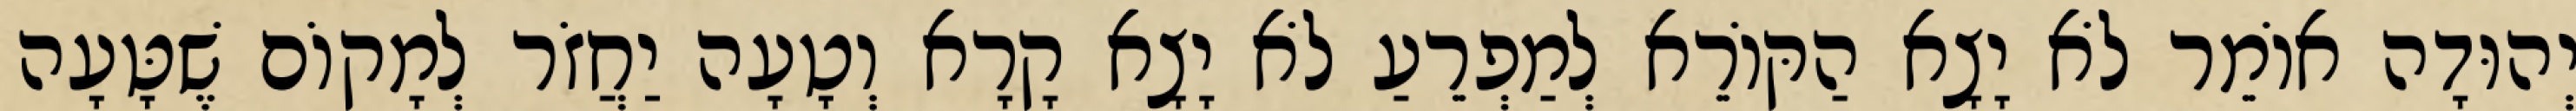
יְהוּדָה אוֹמֵר לֹא יָצָא הַקּוֹרֵא לְמַפְרֵעַ לֹא יָצָא קָרָא וְטָעָה יַחֲזֹר לְמָקוֹם שֶׁטָּעָה